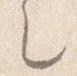
之